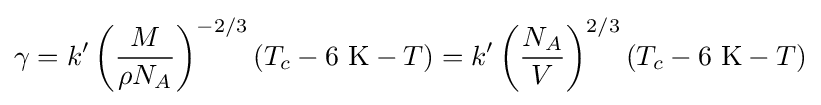
\gamma =k'\left({\frac {M}{\rho N_{A}}}\right)^{-2/3}(T_{c}-6\ \mathrm {K} -T)=k'\left({\frac {N_{A}}{V}}\right)^{2/3}(T_{c}-6\ \mathrm {K} -T)